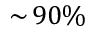
\sim \! 9 0 \%